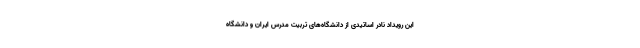
این رویداد نادر اساتیدی از دانشگاه‌های تربیت مدرس ایران و دانشگاه